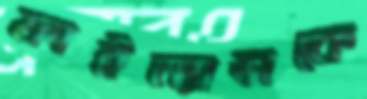
ফাইন্যান্সকে